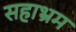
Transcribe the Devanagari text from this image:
सहाभ्रम